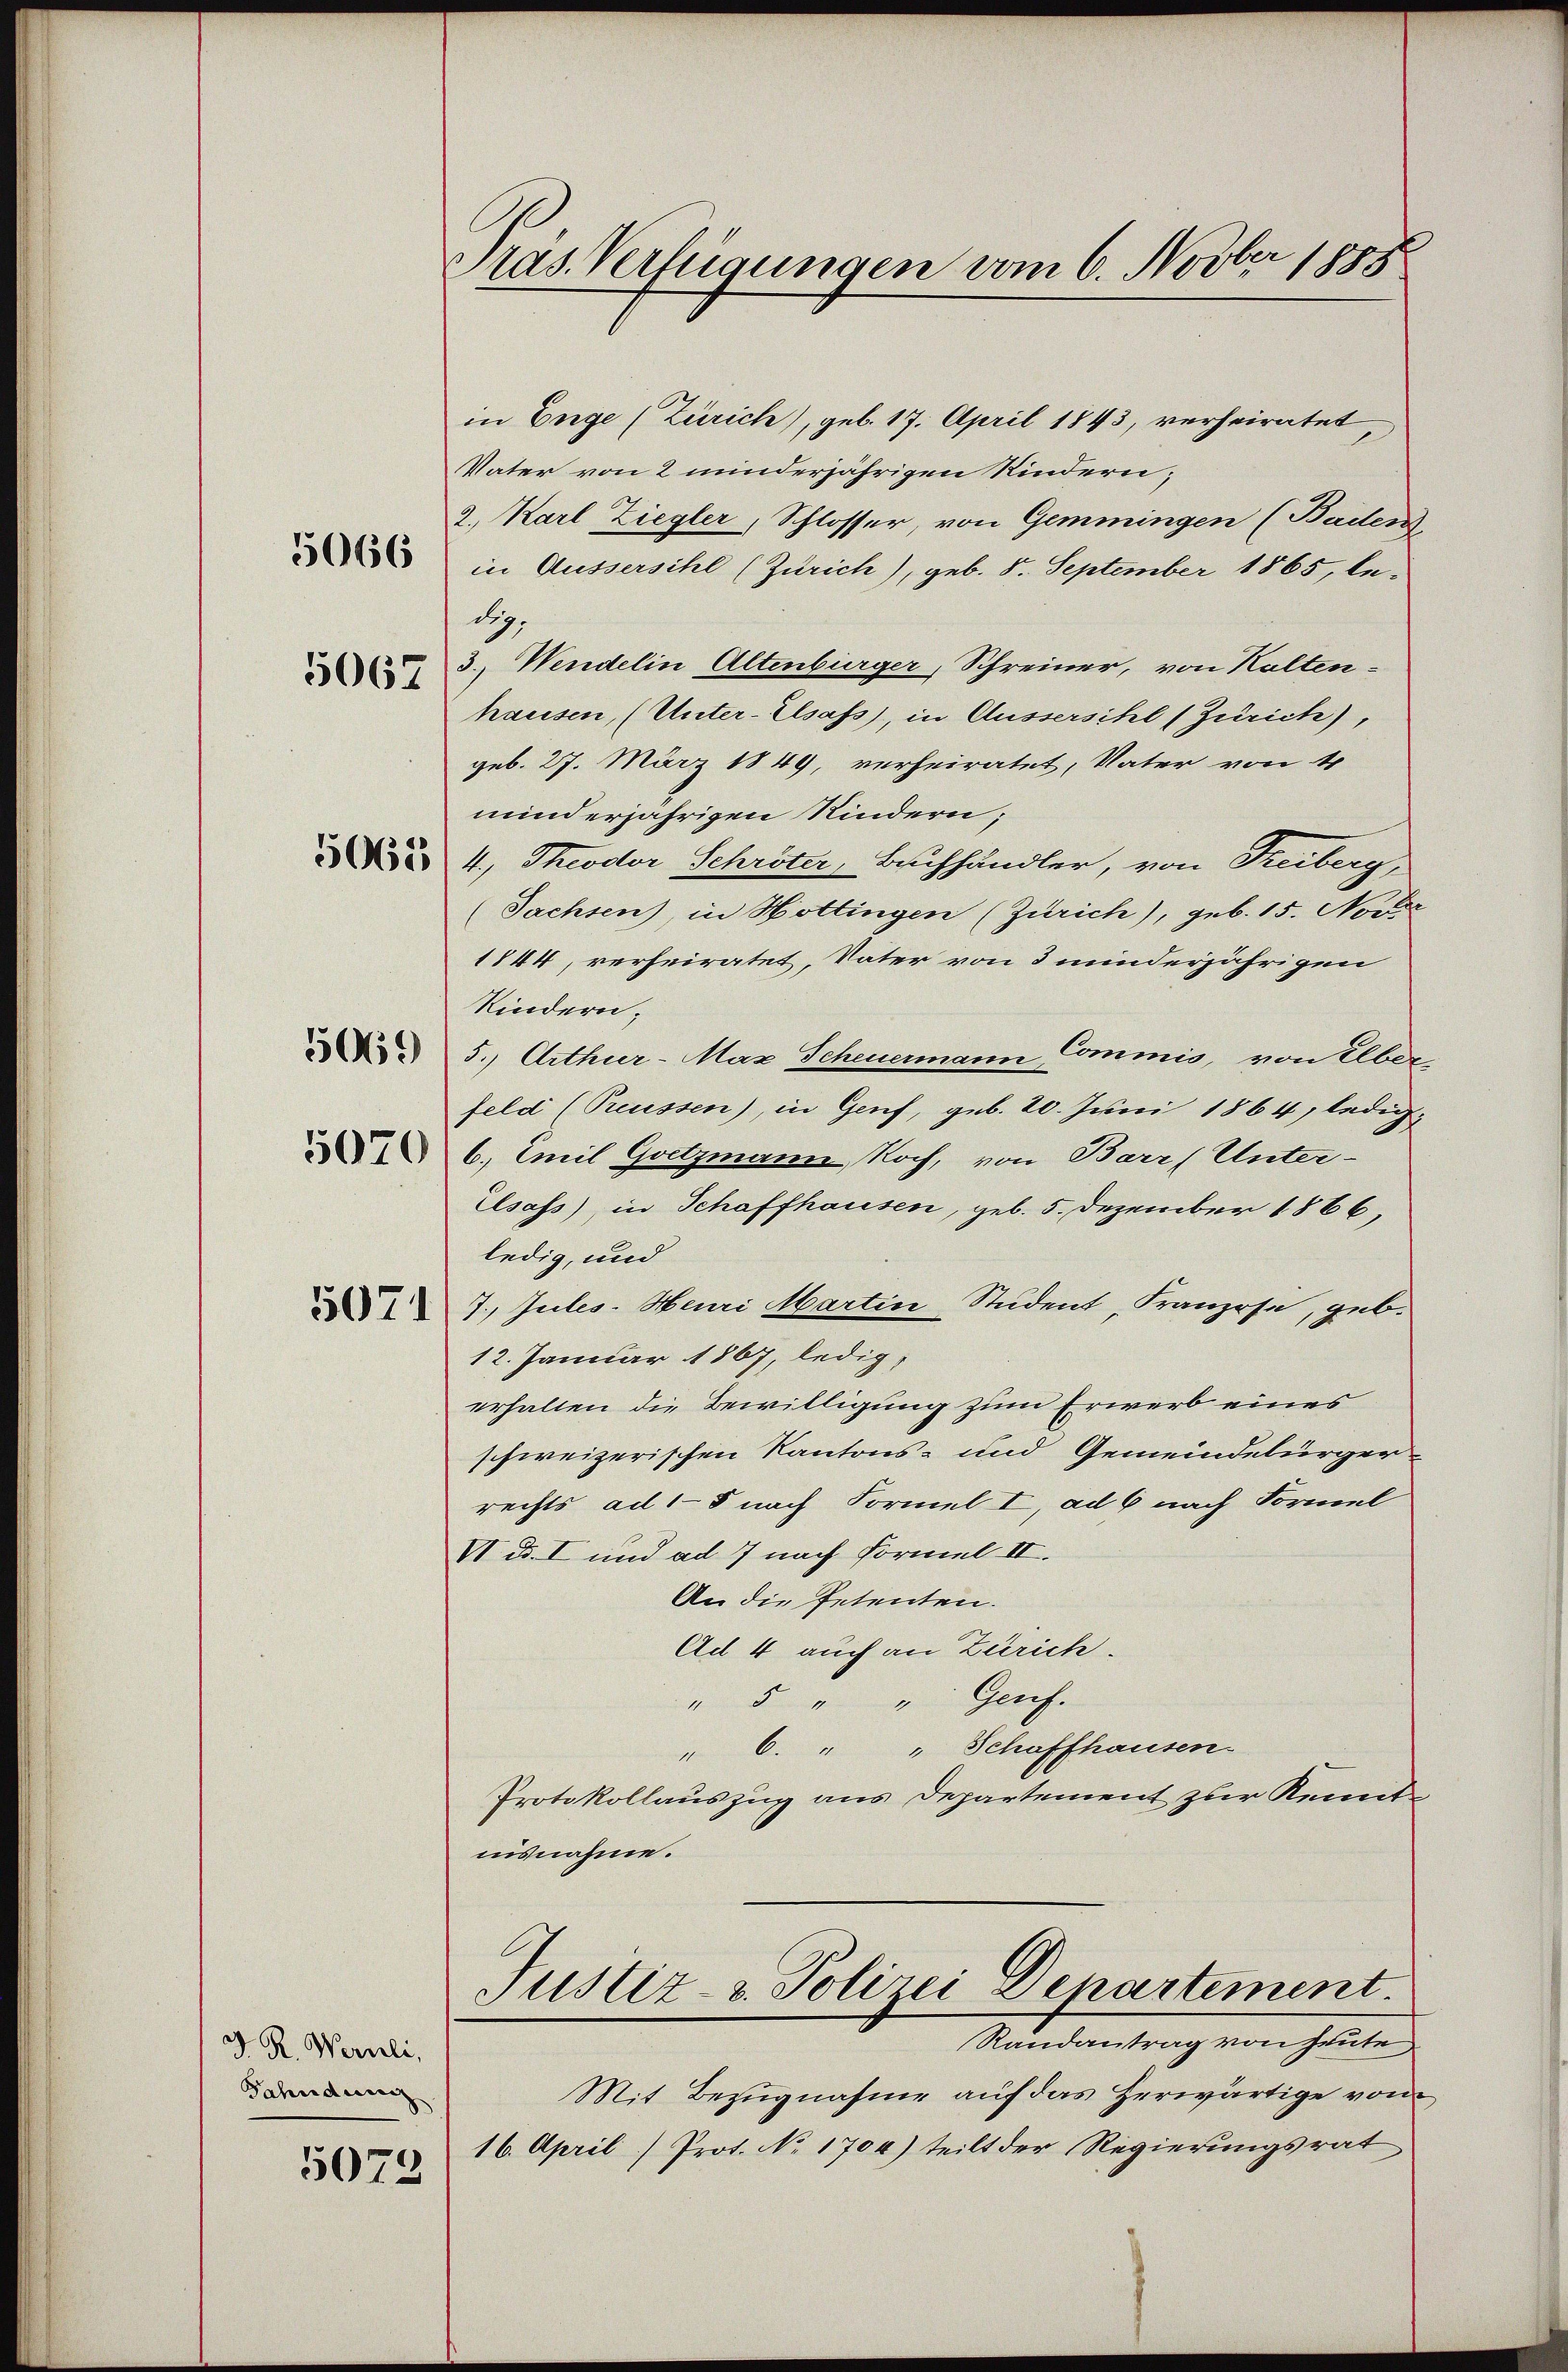
5066

5067

50623

5069

5070

5071

d. R. Wernli,
Fahndung
5073

Pras. Verfügungen vom 6. Novber 1888

in Enge (Zürich), geb. 17. April 1843, verheiratet
Vater von 2 minderjährigen Kindern;
2. Karl Ziegler, Schlosser, von Gemmingen (Baden
in Äussersihl (Zürich), geb. 8. September 1865, ledig.
3.) Wendelin Altenbürger, Schreiner, von Kalten-
hausen, (Unter-Elsass, in Aussersihl (Zürich),
geb. 27. März 1849, verheiratet, Vater von 4
minderjährigen Kindern;
4., Theodor Schröter, Besuchhändler, von Freiberg,
(Sachsen), in Hottingen (Zürich), geb. 15. Nov
1844, verheiratet, Vater von 3 minderjährigen
Kindern.
5., Arthur-Max Scheuermann Commis, von Eber
feld (Preussen), in Genf, geb. 20. Juni 1864, ledig¬
6. Emil Gsetzmann, Noch, von Barr (Unter-
Csass, in Schaffhausen, geb. 5. Dezember 1866,
ledig, und
7. Jules. Heuri Martin Student Franzose, geb.
12. Januar 1867, ledig,
erhalten die Bewilligung zum Erwerb eines
schweizerischen Kantons- und Gemeindebürgerrechts ad 15 nach Formel I, ad 6 nach Vormel
V. Bd. I und ad 7 nach Formel II.
An die Petenten.
Ad 4 auch an Zürich.
" 5 " " Genf.
6. " " Schaffhausen.
Protokollauszug aus Departement zur Kenntiisnahme.
Justiz- u. Polizei Departement.
Randantrag von heute
Mit Bezugnahme auf das herwärtige von
16. April) Prot. No. 1704) teilt der Regierungsrat